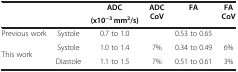
<table><thead><tr><td rowspan="2" colspan="2"><b> </b></td><td><b>ADC</b></td><td rowspan="2"><b>ADC CoV</b></td><td rowspan="2"><b>FA</b></td><td rowspan="2"><b>FA CoV</b></td></tr><tr><td><b>(x10<sup>-3</sup> mm<sup>2</sup>/s)</b></td></tr></thead><tbody><tr><td>Previous work</td><td>Systole</td><td>0.7 to 1.0</td><td> </td><td>0.53 to 0.65</td><td> </td></tr><tr><td rowspan="2">This work</td><td>Systole</td><td>1.0 to 1.4</td><td>7%</td><td>0.34 to 0.49</td><td>6%</td></tr><tr><td>Diastole</td><td>1.1 to 1.5</td><td>7%</td><td>0.51 to 0.61</td><td>3%</td></tr></tbody></table>